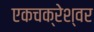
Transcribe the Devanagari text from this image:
एकचक्रेश्वर